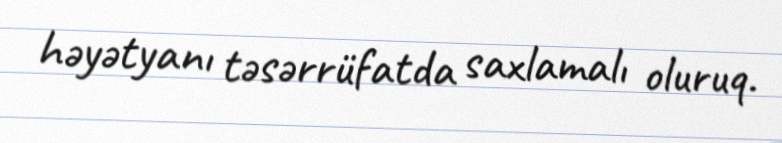
həyətyanı təsərrüfatda saxlamalı oluruq.